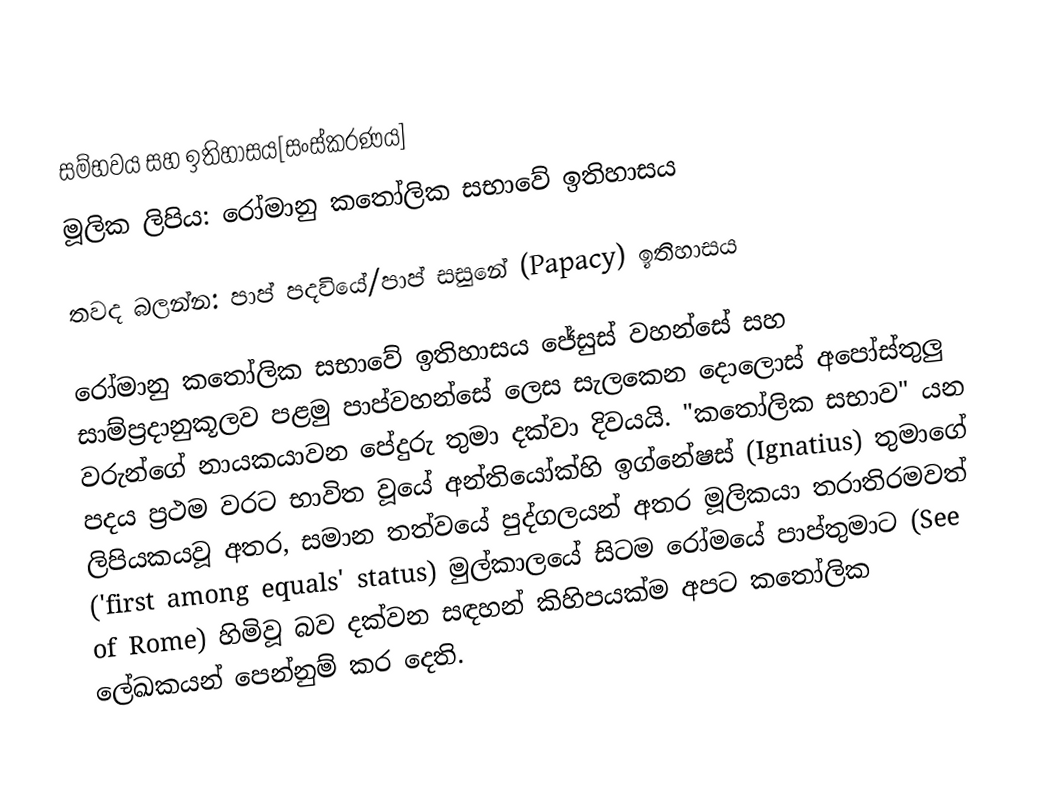

සම්භවය සහ ඉතිහාසය[සංස්කරණය]
මූලික ලිපිය: රෝමානු කතෝලික සභාවේ ඉතිහාසය

 තවද බලන්න: පාප් පදවියේ/පාප් සසුනේ (Papacy) ඉතිහාසය

රෝමානු කතෝලික සභාවේ ඉතිහාසය ජේසුස් වහන්සේ සහ සාම්ප්‍රදානුකූලව පළමු පාප්වහන්සේ ලෙස සැලකෙන දොලොස් අපෝස්තුලු වරුන්ගේ නායකයාවන පේදුරු තුමා දක්වා දිවයයි. "කතෝලික සභාව" යන පදය ප්‍රථම වරට භාවිත වූයේ අන්තියෝක්හි ඉග්නේෂස් (Ignatius) තුමාගේ ලිපියකයවූ අතර, සමාන තත්වයේ පුද්ගලයන් අතර මූලිකයා තරාතිරමවත් ('first among equals' status) මුල්කාලයේ සිටම රෝමයේ පාප්තුමාට (See of Rome) හිමිවූ බව දක්වන සඳහන් කිහිපයක්ම අපට කතෝලික ලේඛකයන් පෙන්නුම් කර දෙති.